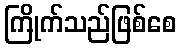
ကြိုက်သည်ဖြစ်စေ